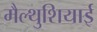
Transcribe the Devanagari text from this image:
मैल्थुशियाई